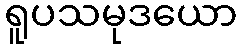
ရူပသမုဒယော